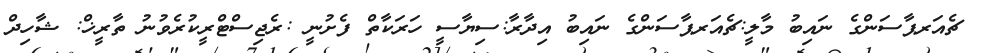
ޗެއަރޕާސަންގެ ނައިބު މާލީ:ޗެއަރޕާސަންގެ ނައިބު އިދާރާ:ސިޔާސީ ހަރަކާތް ފެށުނީ :ރެޖިސްޓްރީކުރެވުނު ތާރީޚް: ޝާހިދް